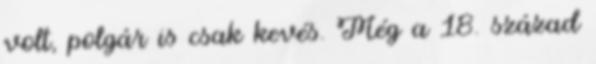
volt, polgár is csak kevés. Még a 18. század